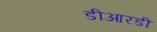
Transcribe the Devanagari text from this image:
डीआरडी